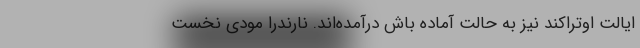
ایالت اوتراکند نیز به حالت آماده باش درآمده‌اند. نارندرا مودی نخست